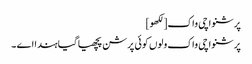
پرشنواچی واک[لکھو]
پرشنواچی واک ولوں کوئی پرشن پچھیا گیا ہندا اے ۔